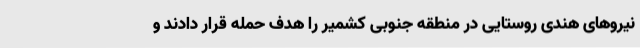
نیروهای هندی روستایی در منطقه جنوبی کشمیر را هدف حمله قرار دادند و